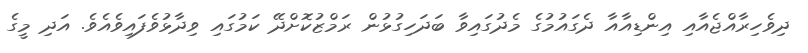
ދިވެހިރާއްޖެއާއި އިންޑިއާއާ ދެގައުމުގެ މެދުގައިވާ ބަދަހިގުޅުން ރަމްޒުކޮށްދޭ ކަމުގައި ވިދާޅުވެފައިވެއެވެ. އަދި މީގެ